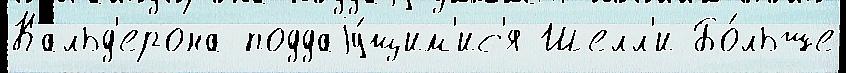
Кальд'ерона поддаjу́щим'ис'я Шелл'и Бо́льше